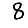
Digit: 8